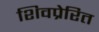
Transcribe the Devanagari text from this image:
शिवप्रेरित